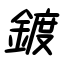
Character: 鍍